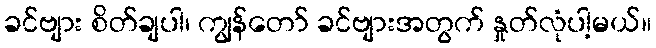
ခင်ဗျား စိတ်ချပါ၊ ကျွန်တော် ခင်ဗျားအတွက် နှုတ်လုံပါ့မယ်။